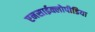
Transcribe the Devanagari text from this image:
एनसाईक्लोपीडिया